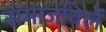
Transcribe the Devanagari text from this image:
समाजविलें